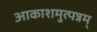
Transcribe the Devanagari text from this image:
आकाशमुत्पन्नम्‌